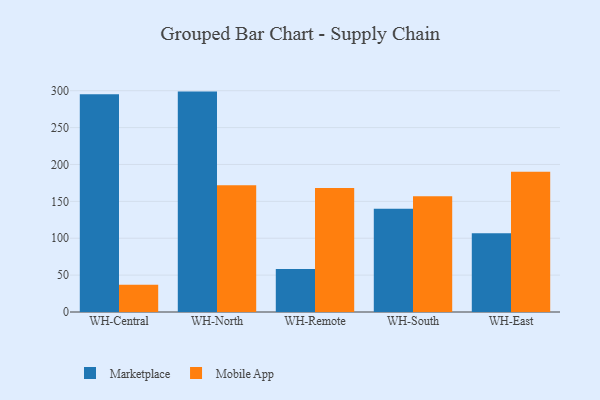
{"axis": {"x": "Warehouse", "y": "Operating Costs (USD K)"}, "legend": ["Marketplace", "Mobile App"], "data": [{"x": "WH-Central", "y": 295.1, "type": "Marketplace"}, {"x": "WH-Central", "y": 37.0, "type": "Mobile App"}, {"x": "WH-North", "y": 298.8, "type": "Marketplace"}, {"x": "WH-North", "y": 172.0, "type": "Mobile App"}, {"x": "WH-Remote", "y": 58.4, "type": "Marketplace"}, {"x": "WH-Remote", "y": 168.2, "type": "Mobile App"}, {"x": "WH-South", "y": 139.9, "type": "Marketplace"}, {"x": "WH-South", "y": 156.8, "type": "Mobile App"}, {"x": "WH-East", "y": 106.7, "type": "Marketplace"}, {"x": "WH-East", "y": 190.1, "type": "Mobile App"}]}